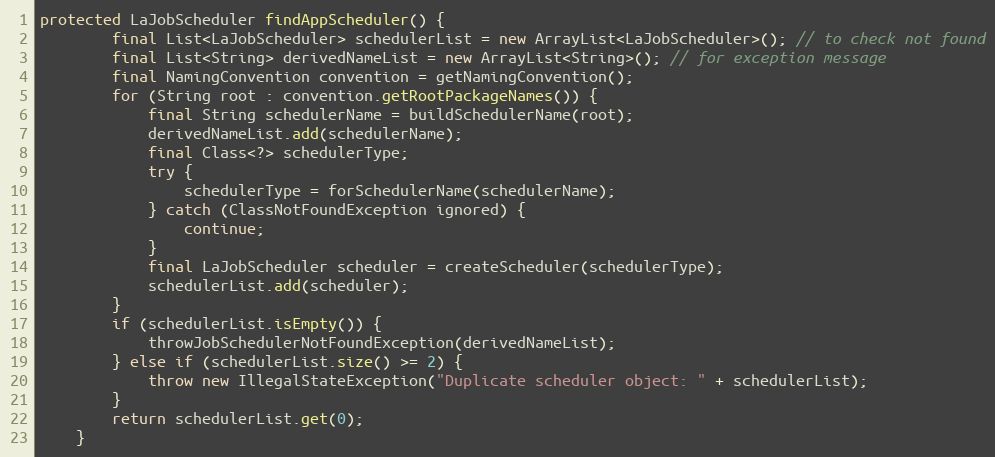
Language: Java
protected LaJobScheduler findAppScheduler() {
        final List<LaJobScheduler> schedulerList = new ArrayList<LaJobScheduler>(); // to check not found
        final List<String> derivedNameList = new ArrayList<String>(); // for exception message
        final NamingConvention convention = getNamingConvention();
        for (String root : convention.getRootPackageNames()) {
            final String schedulerName = buildSchedulerName(root);
            derivedNameList.add(schedulerName);
            final Class<?> schedulerType;
            try {
                schedulerType = forSchedulerName(schedulerName);
            } catch (ClassNotFoundException ignored) {
                continue;
            }
            final LaJobScheduler scheduler = createScheduler(schedulerType);
            schedulerList.add(scheduler);
        }
        if (schedulerList.isEmpty()) {
            throwJobSchedulerNotFoundException(derivedNameList);
        } else if (schedulerList.size() >= 2) {
            throw new IllegalStateException("Duplicate scheduler object: " + schedulerList);
        }
        return schedulerList.get(0);
    }